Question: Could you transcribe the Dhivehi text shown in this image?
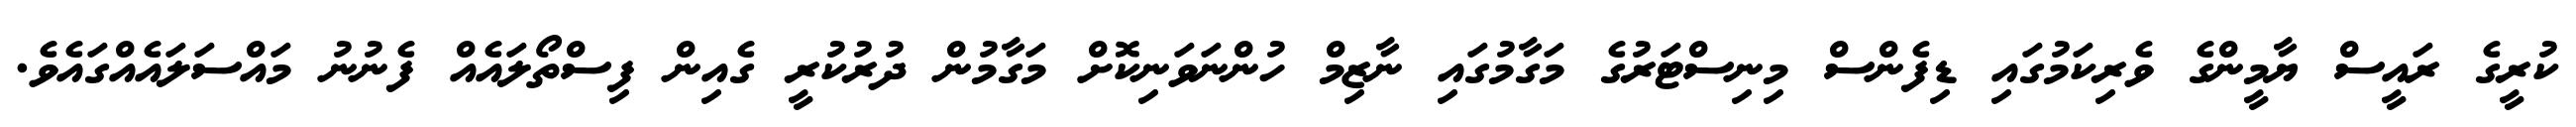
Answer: ކުރީގެ ރައީސް ޔާމީންގެ ވެރިކަމުގައި ޑިފެންސް މިނިސްޓަރުގެ މަގާމުގައި ނާޒިމް ހުންނަވަނިކޮށް މަގާމުން ދުރުކުރީ ގެއިން ފިސްތޯލައެއް ފެނުނު މައްސަލައެއްގައެވެ.